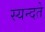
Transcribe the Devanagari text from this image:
स्यन्दते